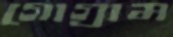
গোগ্রাম